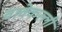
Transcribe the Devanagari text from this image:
वाक्केल्ली